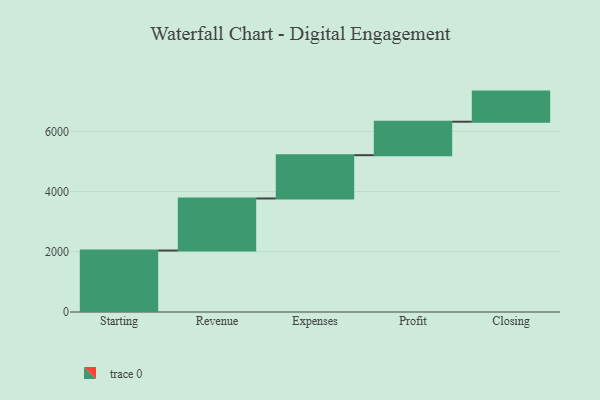
{"axis": {"x": "Step", "y": "Value"}, "legend": [""], "data": [{"x": "Starting", "y": 2042.0, "type": ""}, {"x": "Revenue", "y": 1729.0, "type": ""}, {"x": "Expenses", "y": 1438.0, "type": ""}, {"x": "Profit", "y": 1112.0, "type": ""}, {"x": "Closing", "y": 1000, "type": ""}]}